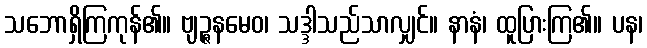
သဘောရှိကြကုန်၏။ ဗျဉ္ဇနမေဝ၊ သဒ္ဒါသည်သာလျှင်။ နာနံ၊ ထူပြားကြ၏။ ပန၊